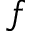
f